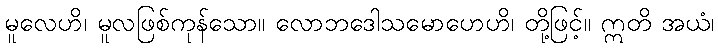
မူလေဟိ၊ မူလဖြစ်ကုန်သော။ လောဘဒေါသမောဟေဟိ၊ တို့ဖြင့်။ ဣတိ အယံ၊